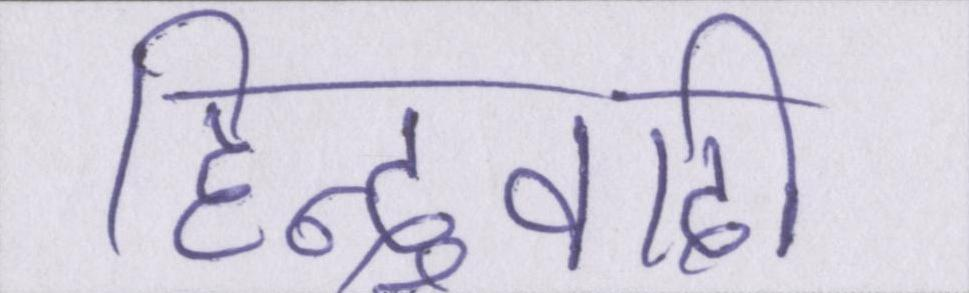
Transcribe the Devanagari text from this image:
हिन्दुवादी